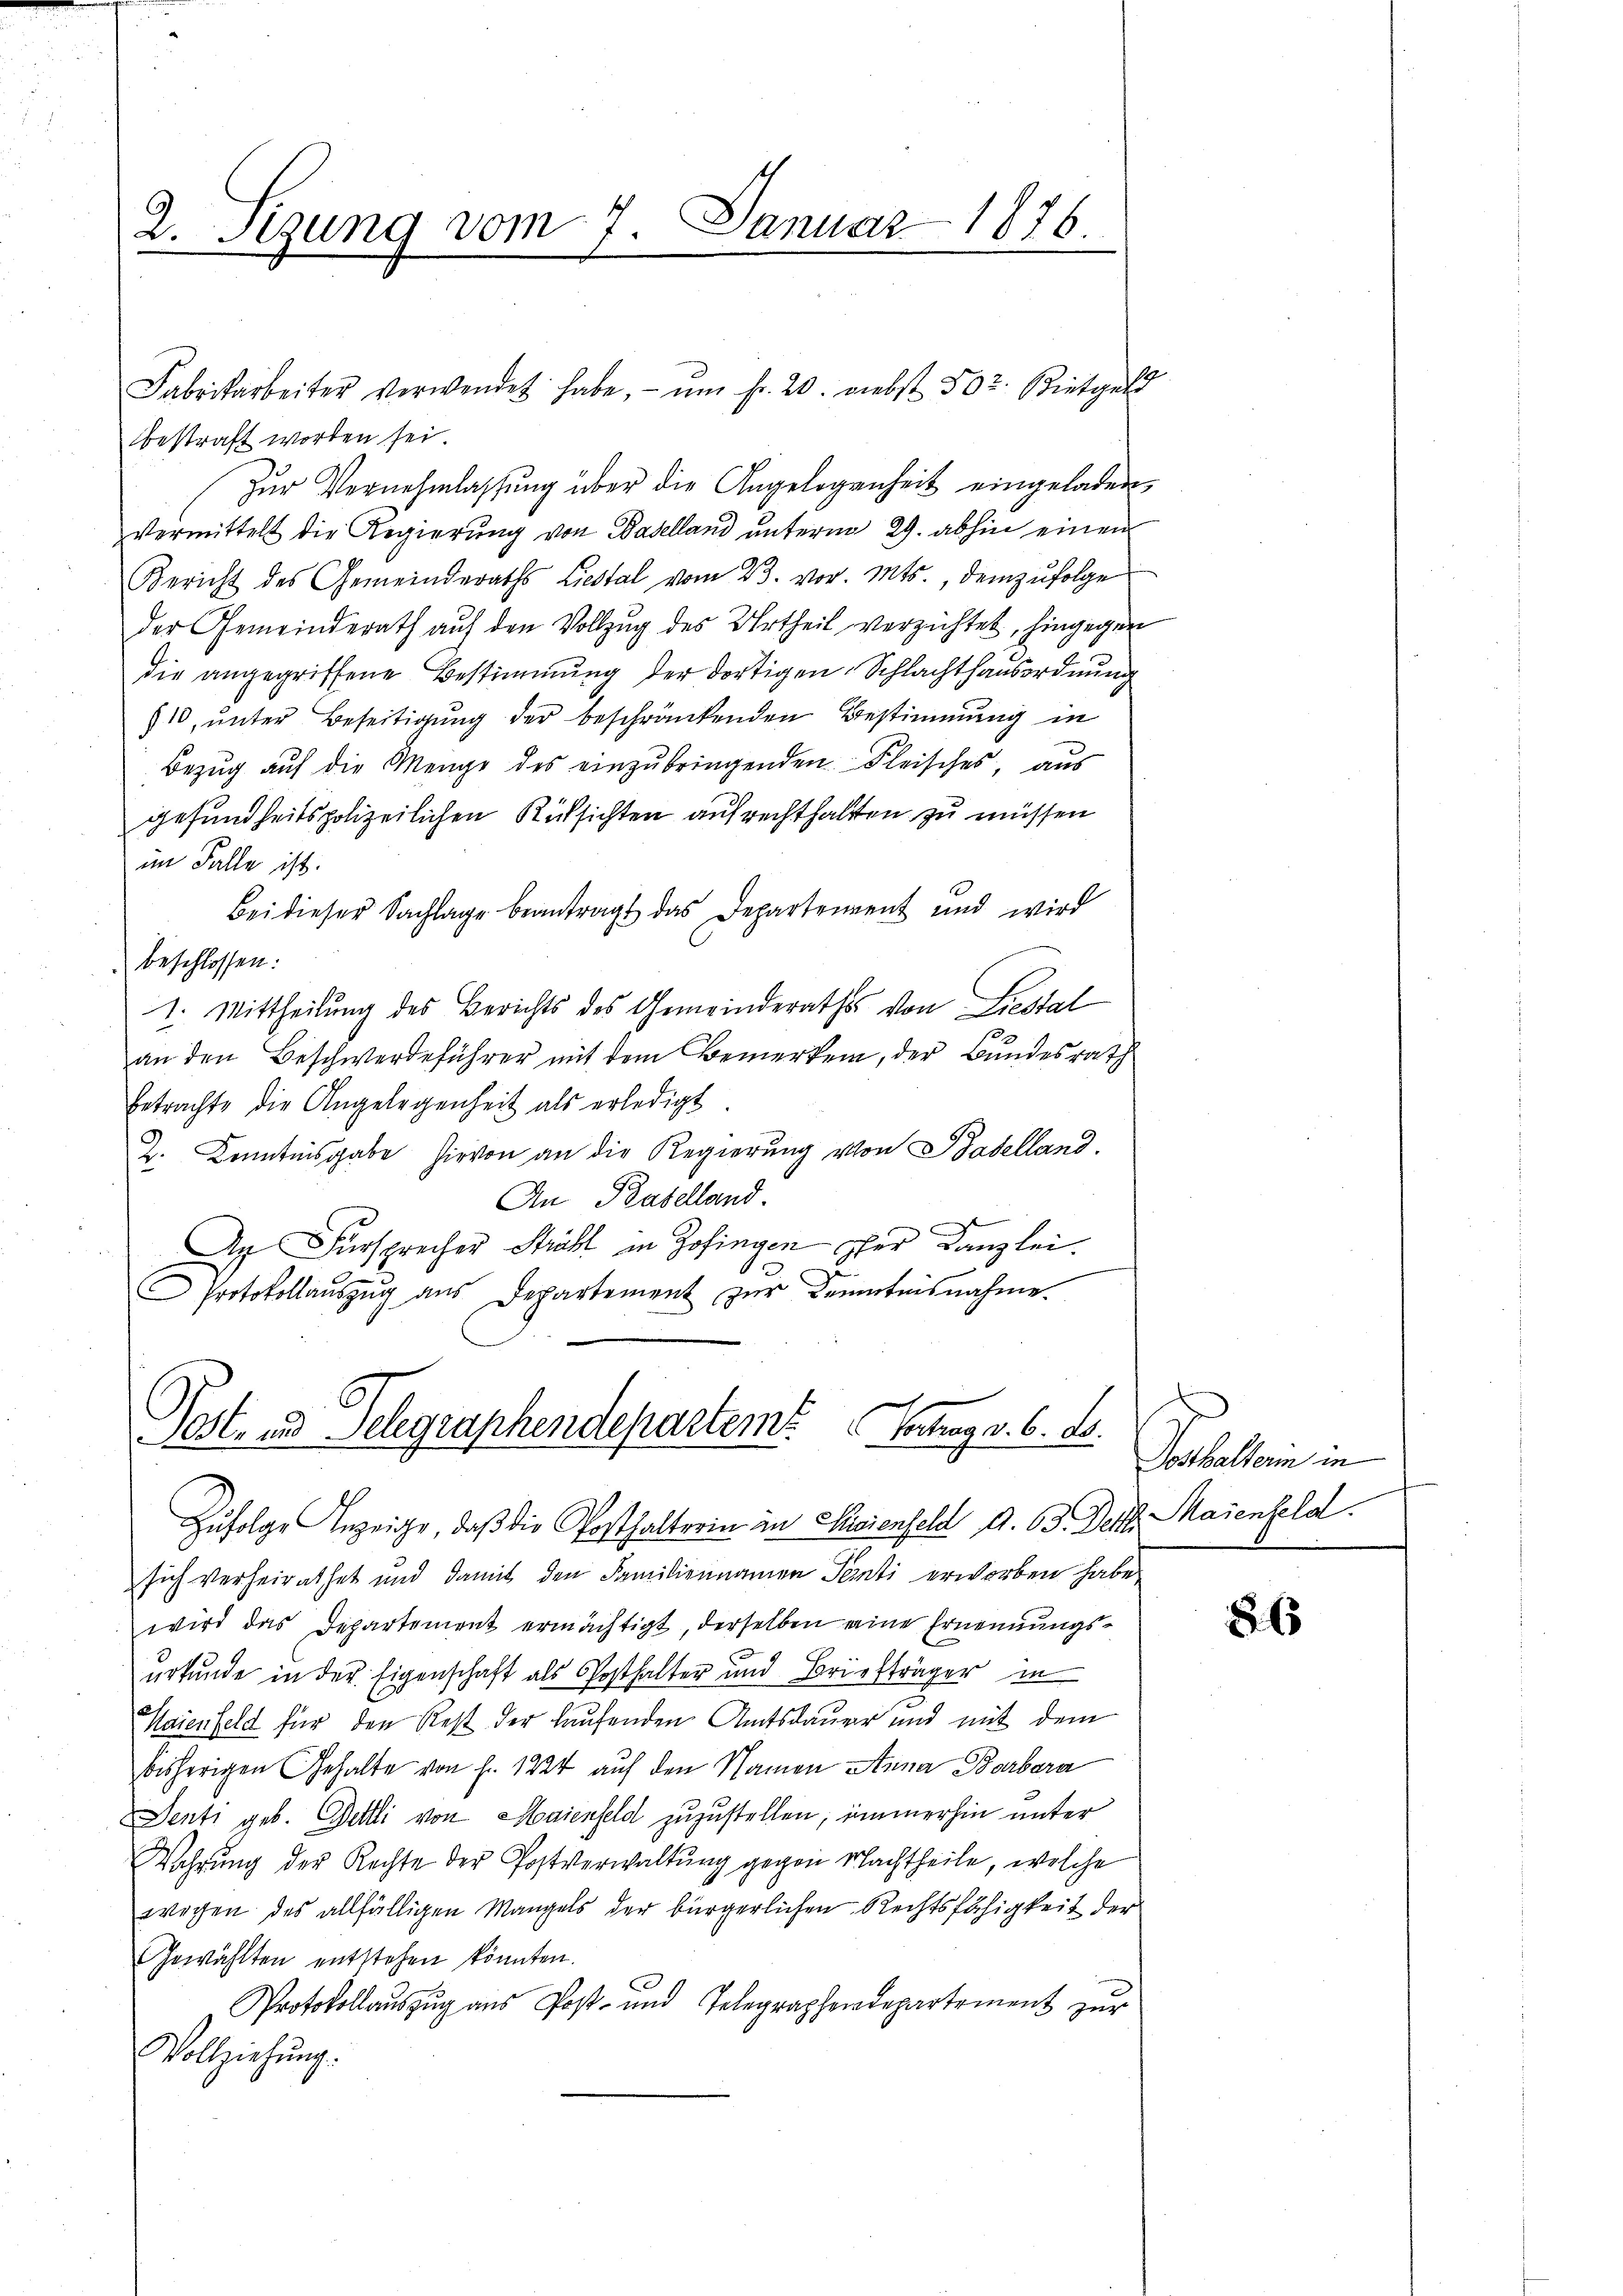
2. Sizung vom 7. Januar 1876.

bestraft worden sei.
Zur Vernehmlassung über die Angelegenheit eingeladen,
vermittelt die Regierŭng von Baselland ŭnterm 29. abhin einen
Bericht des Gemeinderaths Liestal vom 23. vor. Mts., demzufolge
der Gemeinderath auf den Vollzug des Urtheil verzichtet, hingegen
die angegriffene Bestimmung der dortigen Schlachthausordnung
10, unter Beseitigung der beschränkenden Bestimmung in
Bezug auf die Menge des einzŭbringenden Fleisches, aus
gesundheitspolizeilichen Rücksichten auf rechthalten zu müssen
im Falle ist.
Bei dieser Sachlage beantragt das Departement und wird
beschlossen:
1. Mittheilung des Berichts des Gemeinderathes von Liestal
s
an den Beschwerdeführer mit dem Bemerken, der Bundesrath
Betrachte die Angelegenheit als erledigt
2. Kenntnisgabe hirvon an die Regierung von Badelland.
An Baselland.
Dn Fürsprecher Strahl in Zofingen der Kanzlei.
Protokollaŭszŭg ans Departement zur Kenntnisnahme

sich verheirathet und damit den Familiennamen Tanti erworben habe,
wird das Departement ermächtigt, derselben eine Ernennungsurkunde in der Eigenschaft als Posthalter und Briefträger in
Haienfeld für den Rest der laufenden Amtsdauer und mit dem
bisherigen Gehalte von f. 1224 auf den Namen Anna Barbara
Senti geb. Bettli von Haienfeld zuzustellen; immerhin unter
Wahrung der Rechte der Postverwaltung gegen Nachtheile, welche
wegen des allfälligen Mangels der bürgerlichen Rechtsfähigkeit der
Gewählten entstehen könnten.
Protokollauszug aus Post- und Telegraphendepartement zur
Vollziehung.

Fabrikarbeiter verwendet habe, ŭm fr. 20. nebst 502. Bietgeld

Post- und Telegraphendepartem Ertrag v. 6. ds.
Zufolge Anzeige, daß die Posthalterin in Scienfeld d. 63. Der Maienfeld.

Parallein in

86